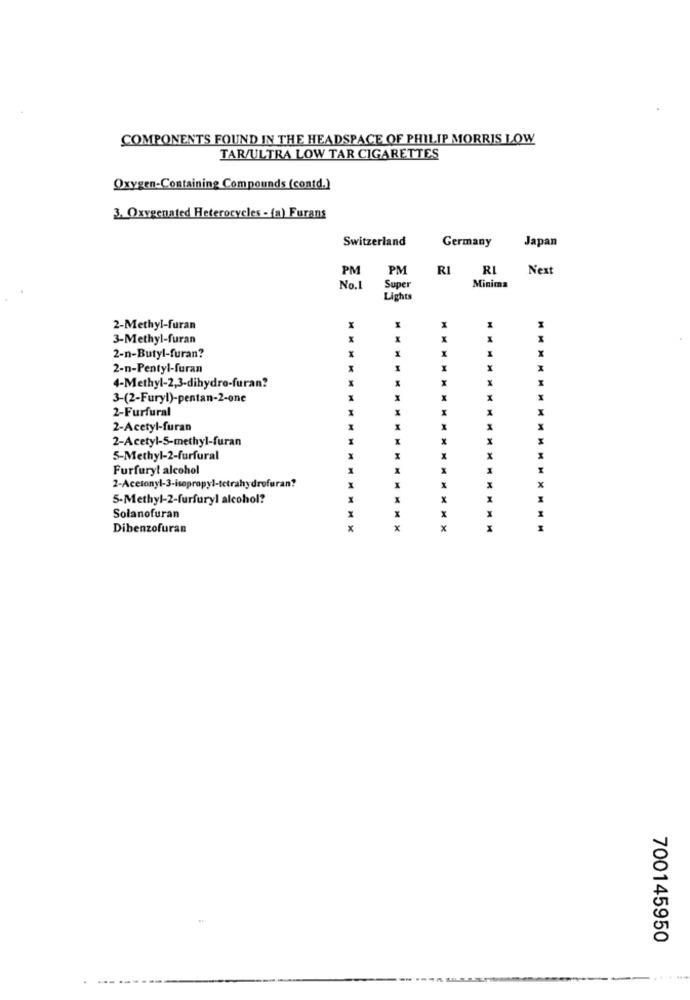
COMPONENTS FOUND IN THE HEADSPACE OF PHILIP MORRIS LOW
TAR/ULTRA LOW TAR CIGARETTES
Oxygen-Containing Compounds (contd.)
3. Oxygenated Heterocycles - (a) Furans
Switzerland
Japan
Germany
PM
PM
RI
RI
Next
Minima
No.1
Super
Lights
2-Methyl-furan
x
3-Methyl-furan
1
2-n-Butyl-furan?
2-n-Pentyl-furan
4-Methyl-2,3-dihydro-furan?
3-(2-Furyl)-pentan-2-one
2-Furfural
2-Acetyl-furan
2-Acetyl-5-methyl-furan
5-Methyl-2-furfural
Furfuryl alcohol
2-Acetonyl-3-isopropyl-tetrahydrofuran?
5-Methyl-2-furfuryl alcohol?
X
Solanofuran
Dibenzofuran
x
x
x
700145950